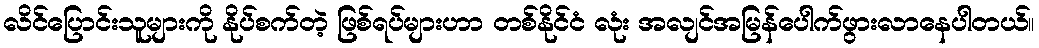
လိင်ပြောင်းသူများကို နိုပ်စက်တဲ့ ဖြစ်ရပ်များဟာ တစ်နိုင်ငံ လုံး အလျင်အမြန်ပေါက်ဖွားလာနေပါတယ်။